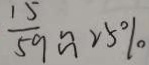
\frac { 1 5 } { 5 9 } \approx 2 5 \%